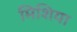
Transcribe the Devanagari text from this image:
मिशिया